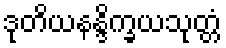
ဒုတိယနန္ဒိက္ခယသုတ္တံ